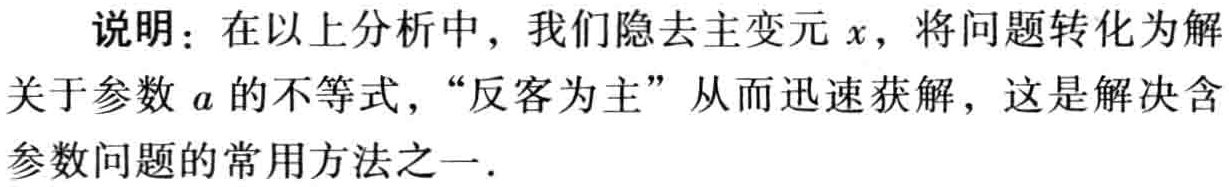
说明：在以上分析中，我们隐去主变元 \(x\)，将问题转化为解关于参数 \(a\) 的不等式，“反客为主” 从而迅速获解，这是解决含参数问题的常用方法之一.